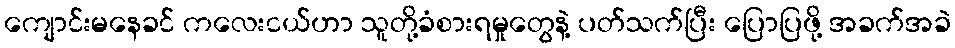
ကျောင်းမနေခင် ကလေးငယ်ဟာ သူတို့ခံစားရမှုတွေနဲ့ ပတ်သက်ပြီး ပြောပြဖို့ အခက်အခဲ